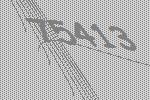
75413